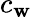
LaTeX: c_{\mathbf{w}}